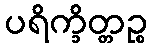
ပရိက္ခိတ္တဉ္စ